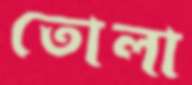
তোলা